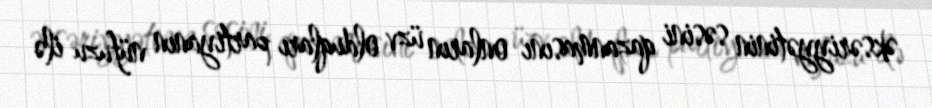
əksəriyyətinin səsini qazanmasını onların üzv olduqları partiyanın nüfuzu ilə